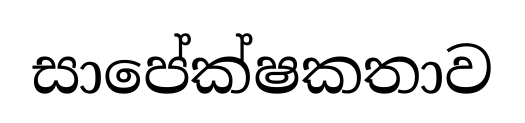
සාපේක්ෂකතාව